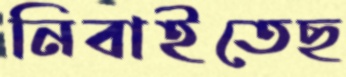
নিবাইতেছ